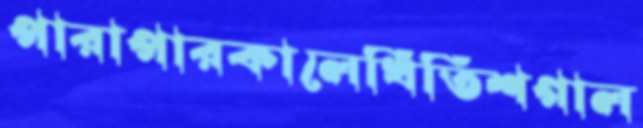
পারাপারকালেখিতিশগাল